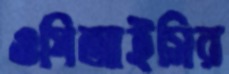
ওপিআইসির